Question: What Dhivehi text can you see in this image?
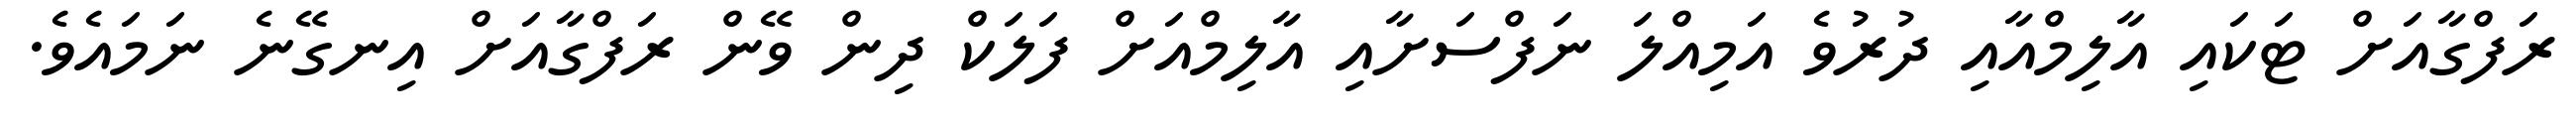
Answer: ރަފްގާއަށް ޓަކައި އާލިމްއާއި ދުރުވެ އަމިއްލަ ނަފްސަށާއި އާލިމްއަށް ފަލަކް ދިން ވޭން ރަފްގާއަށް އިނގޭނެ ނަމައެވެ.